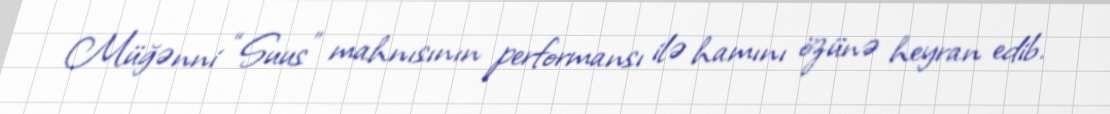
Müğənni “Suus” mahnısının performansı ilə hamını özünə heyran edib.